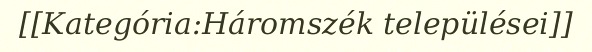
[[Kategória:Háromszék települései]]